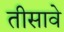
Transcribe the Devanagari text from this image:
तीसावे